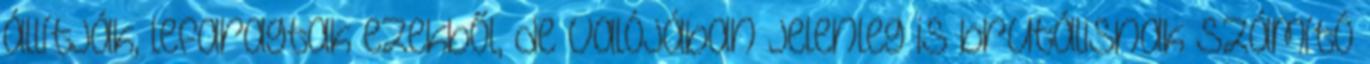
állítják, lefaragtak ezekből, de valójában jelenleg is brutálisnak számító